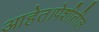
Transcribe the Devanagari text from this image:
आहेत।पेशीतील